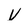
Character: v